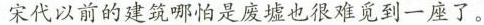
宋代以前的建筑哪怕是废墟也很难觅到一座了。